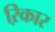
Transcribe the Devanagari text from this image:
ऱिकार